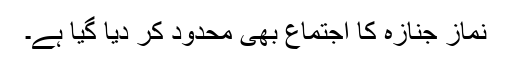
نماز جنازہ کا اجتماع بھی محدود کر دیا گیا ہے۔